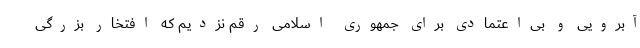
‌آبرویی و بی‌اعتمادی برای جمهوری اسلامی رقم نزدیم که افتخار بزرگی